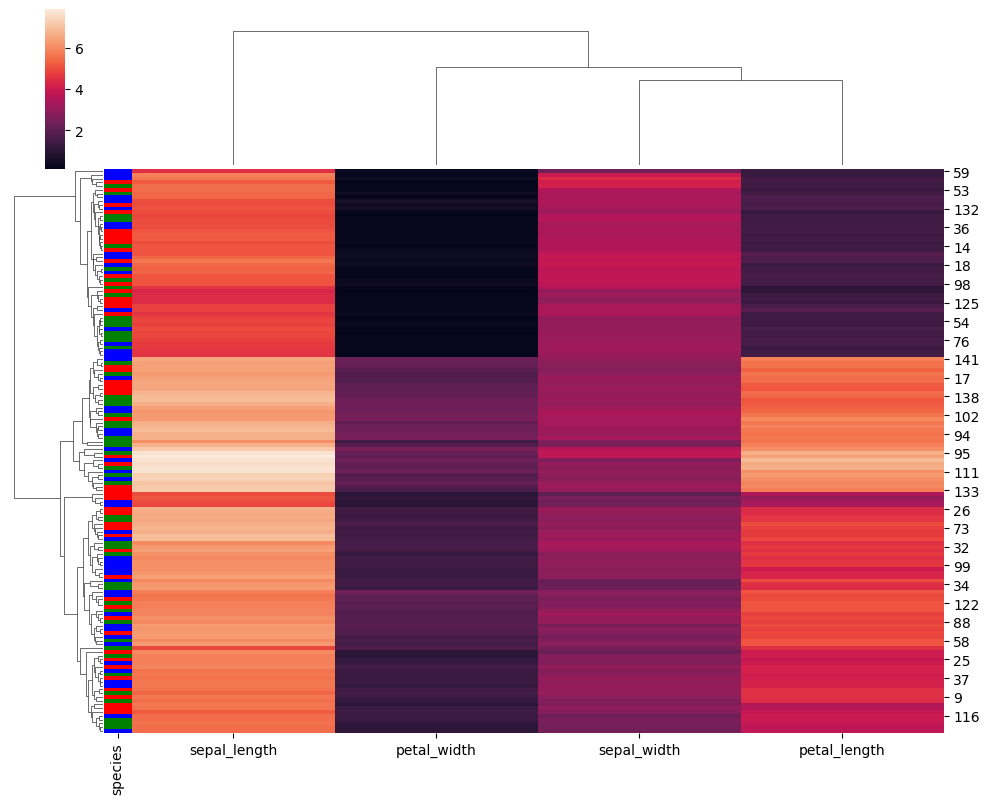
python, seaborn, clustermap, figsize=(10, 8), row_cluster=True, dendrogram_ratio=(0.1, 0.2), cbar_pos=(0.05, 0.8, 0.02, 0.2)